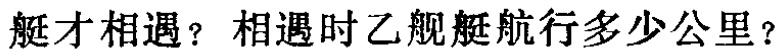
艇才相遇？相遇时乙舰艇航行多少公里？